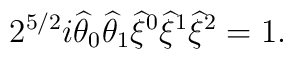
2^{5/2}i\widehat{\theta}_0\widehat{\theta}_1\widehat{\xi}{}^0\widehat{\xi}{}^1\widehat{\xi}{}^2=1.